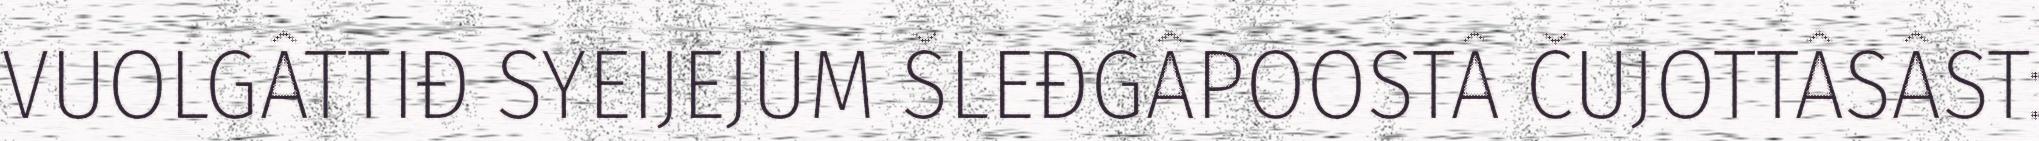
VUOLGÂTTIĐ SYEIJEJUM ŠLEĐGÂPOOSTÂ ČUJOTTÂSÂST: